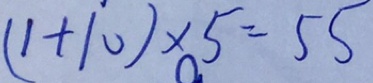
( 1 + 1 0 ) \times 5 = 5 5